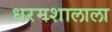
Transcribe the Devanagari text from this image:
धरमशालाला